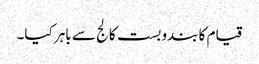
قیام کا بندوبست کالج سے باہر کیا۔